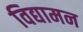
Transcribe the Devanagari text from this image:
विद्यामन